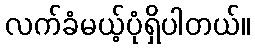
လက်ခံမယ့်ပုံရှိပါတယ်။